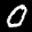
Label: 0